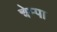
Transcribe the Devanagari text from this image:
चेम्पा